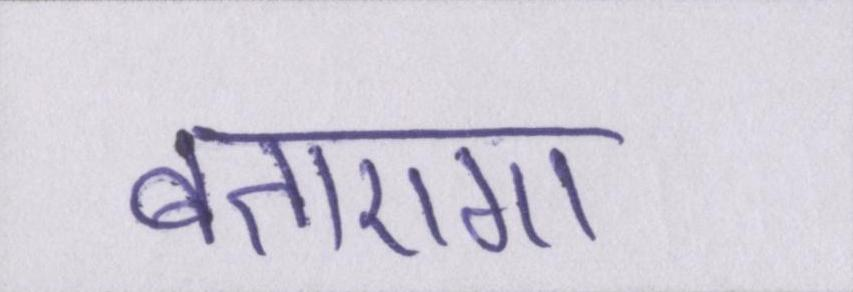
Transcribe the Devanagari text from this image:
बताएगा